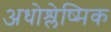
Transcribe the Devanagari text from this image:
अधोश्लेष्मिक